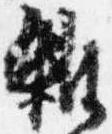
雑